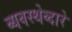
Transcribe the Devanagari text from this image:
व्यवस्थेव्दारे